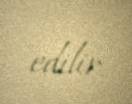
edilir.